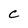
Character: C